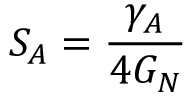
S _ { A } = \frac { \gamma _ { A } } { 4 G _ { N } }